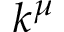
k ^ { \mu }